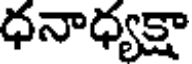
ధనాధ్యక్షా